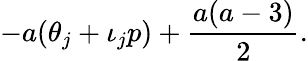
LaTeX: -a(\theta_{j}+\iota_{j}p)+\frac{a(a-3)}{2}.